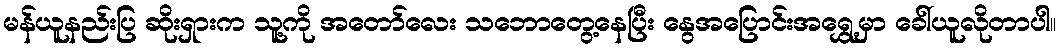
မန်ယူနည်းပြ ဆိုးရှားက သူ့ကို အတော်လေး သဘောတွေ့နေပြီး နွေအပြောင်းအရွှေ့မှာ ခေါ်ယူလိုတာပါ။